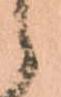
候